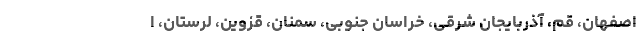
اصفهان، قم، آذربایجان شرقی، خراسان جنوبی، سمنان، قزوین، لرستان، ا